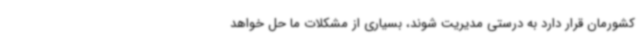
کشورمان قرار دارد به درستی مدیریت شوند، بسیاری از مشکلات ما حل خواهد